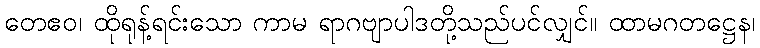
တေဧဝ၊ ထိုရုန့်ရင်းသော ကာမ ရာဂဗျာပါဒတို့သည်ပင်လျှင်။ ထာမဂတဋ္ဌေန၊